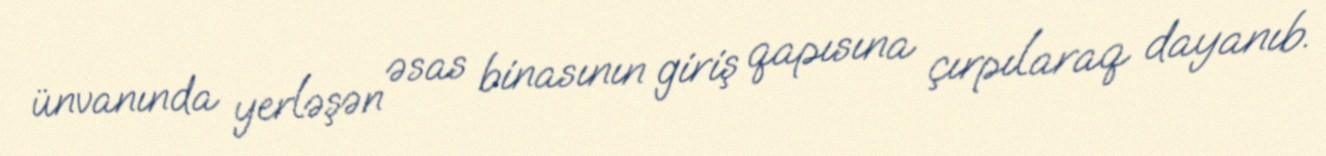
ünvanında yerləşən əsas binasının giriş qapısına çırpılaraq dayanıb.